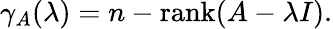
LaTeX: \gamma_{A}(\lambda)=n-\operatorname{rank}(A-\lambda I).